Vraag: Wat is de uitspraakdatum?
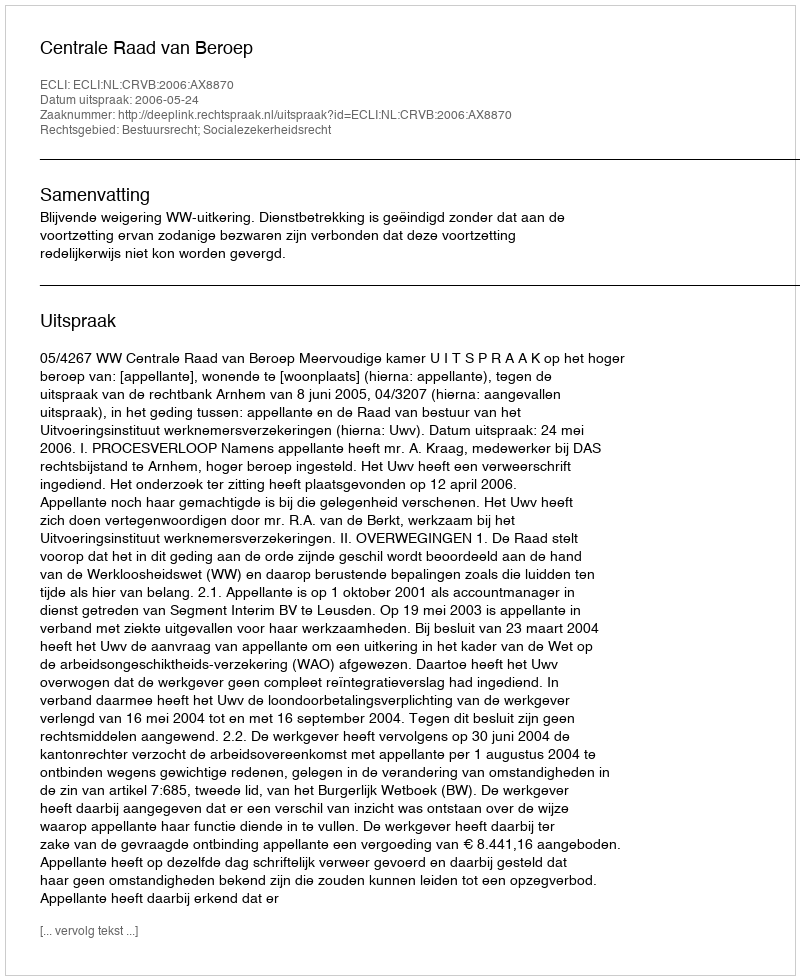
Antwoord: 2006-05-24